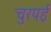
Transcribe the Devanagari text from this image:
चुरपई